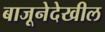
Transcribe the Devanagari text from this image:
बाजूनेदेखील